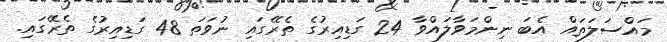
މައްސަލަތައް އެބަ ނިންމަވާލައްވާ 24 ގަޑިއިރުގެ ތެރޭގައި ނުވަތަ 48 ގަޑިއިރުގެ ތެރޭގައި.